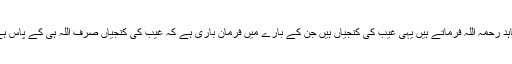
مجاہد رحمہ اللہ فرماتے ہیں یہی غیب کی کنجیاں ہیں جن کے بارے میں فرمان باری ہے کہ غیب کی کنجیاں صرف اللہ ہی کے پاس ہے ۔